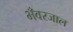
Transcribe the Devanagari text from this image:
भँवरजाल